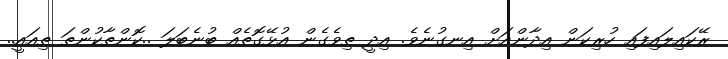
ރޭކައިލައިފައި ހުރިކަން އިދާންއަށް އިނގުނެވެ. އިދީ ތިވެގެން އުޅޭގޮތެއް ބުނެބަލަ ..ކޮންތާކުންތަ ތިއައީ..